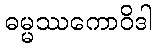
ဓမ္မဿကောဝိဒါ